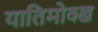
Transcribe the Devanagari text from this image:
यातिमोक्ख